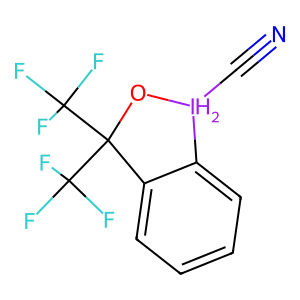
SMILES: N#C[IH2]1OC(C(F)(F)F)(C(F)(F)F)c2ccccc21
Inhibits HIV replication: No